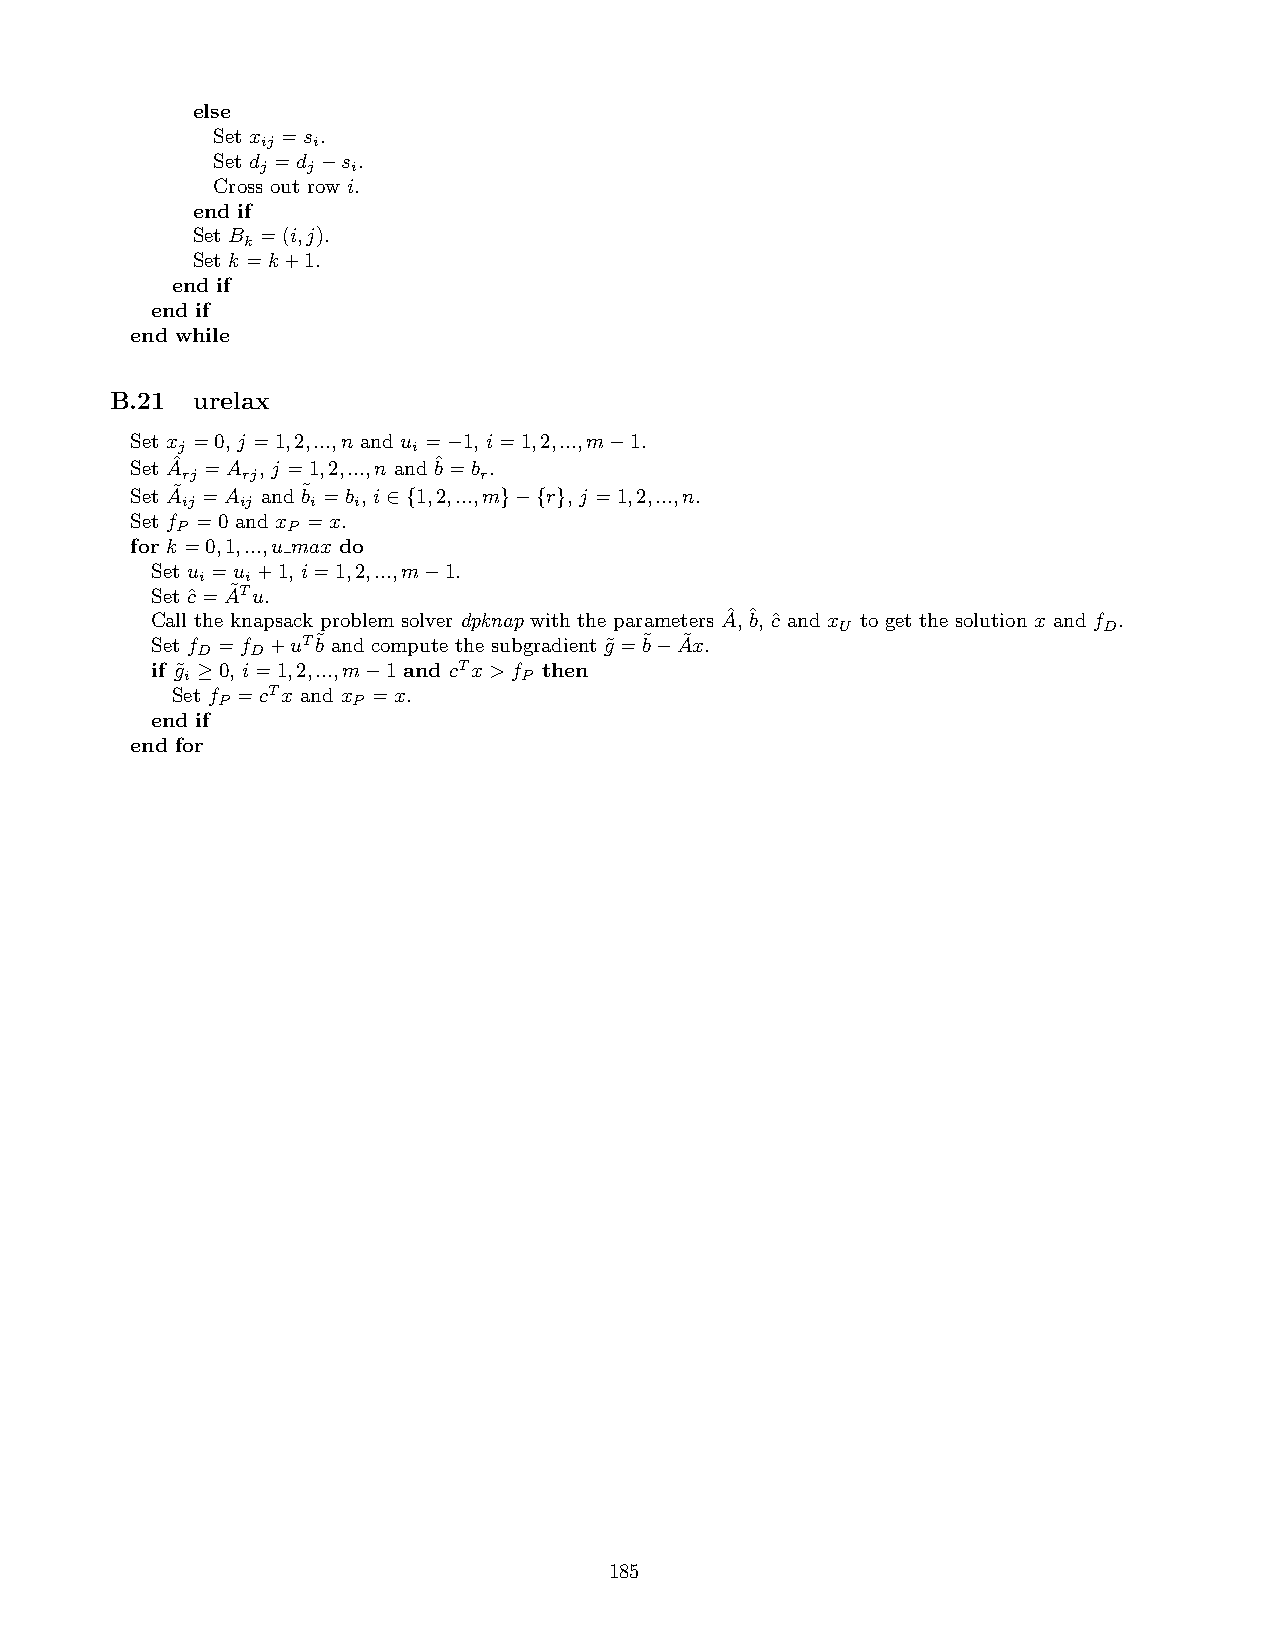
else
 Set x =s .
 ij  i
 Set d =d −s .
 j  j  i
 Cross out row i.
 end if
 Set B =(i,j).
 k
 Set k =k+1.
 end if
 end if
 end while
 B.21  urelax
 Set x =0, j =1,2,...,n and u =−1, i=1,2,...,m−1.
 j              i
 Set Aˆ =A , j =1,2,...,n andˆb=b .
 rj  rj              r
 Set A˜ =A and˜b =b , i∈{1,2,...,m}−{r}, j =1,2,...,n.
 ij  ij   i i
 Set f =0 and x =x.
 P      P
 for k =0,1,...,u max do
 Set u =u +1, i=1,2,...,m−1.
 i  i
 Set cˆ=A˜Tu.
 Call the knapsack problem solver dpknap with the parameters Aˆ,ˆb, cˆand x to get the solution x and f .
 U                D
 Set f =f +uT˜b and compute the subgradient g˜=˜b−A˜x.
 D   D
 if g˜ ≥0, i=1,2,...,m−1 and cTx>f then
 i                     P
 Set f =cTx and x =x.
 P        P
 end if
 end for
 185